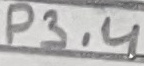
Text: P3.4